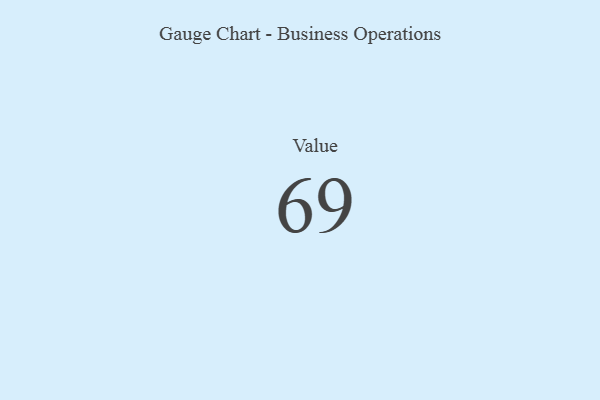
{"axis": {"x": "Metric", "y": "Value"}, "legend": [""], "data": [{"x": "Value", "y": 69, "type": ""}]}